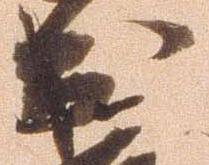
出